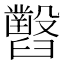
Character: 𦦹